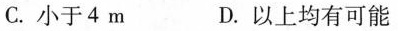
C.小于4m D.以上均有可能